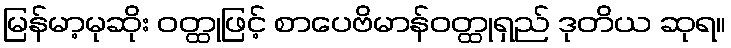
မြန်မာ့မုဆိုး ဝတ္ထုဖြင့် စာပေဗိမာန်ဝတ္ထုရှည် ဒုတိယ ဆုရ။